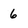
Character: 6